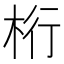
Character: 桁